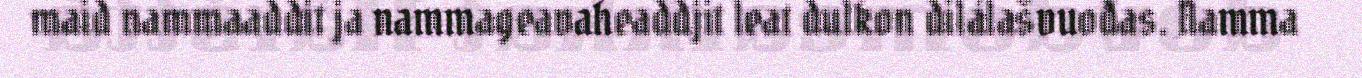
maid nammaaddit ja nammageavaheaddjit leat dulkon dilálašvuođas. Namma